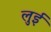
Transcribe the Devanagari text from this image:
लुुई